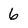
Character: 6